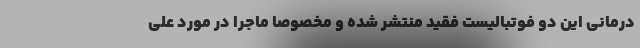
درمانی این دو فوتبالیست فقید منتشر شده و مخصوصا ماجرا در مورد علی